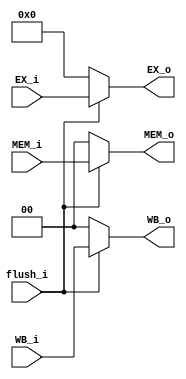
/*flush_i == 1 
  flush_i == 0 output0 */
module Flush_MUX(
  input      [1:0]  WB_i,
  input      [3:0]  EX_i,
  input      [1:0]  MEM_i,
  input             flush_i,
  output reg [1:0]  WB_o,
  output reg [3:0]  EX_o,
  output reg [1:0]  MEM_o 
);
always@(*) begin  
  if(flush_i) begin
    WB_o = WB_i;
    EX_o = EX_i;
    MEM_o = MEM_i;
  end
  else begin
    WB_o = 2'd0;
    EX_o = 3'd0;
    MEM_o = 2'd0;
  end
end


endmodule